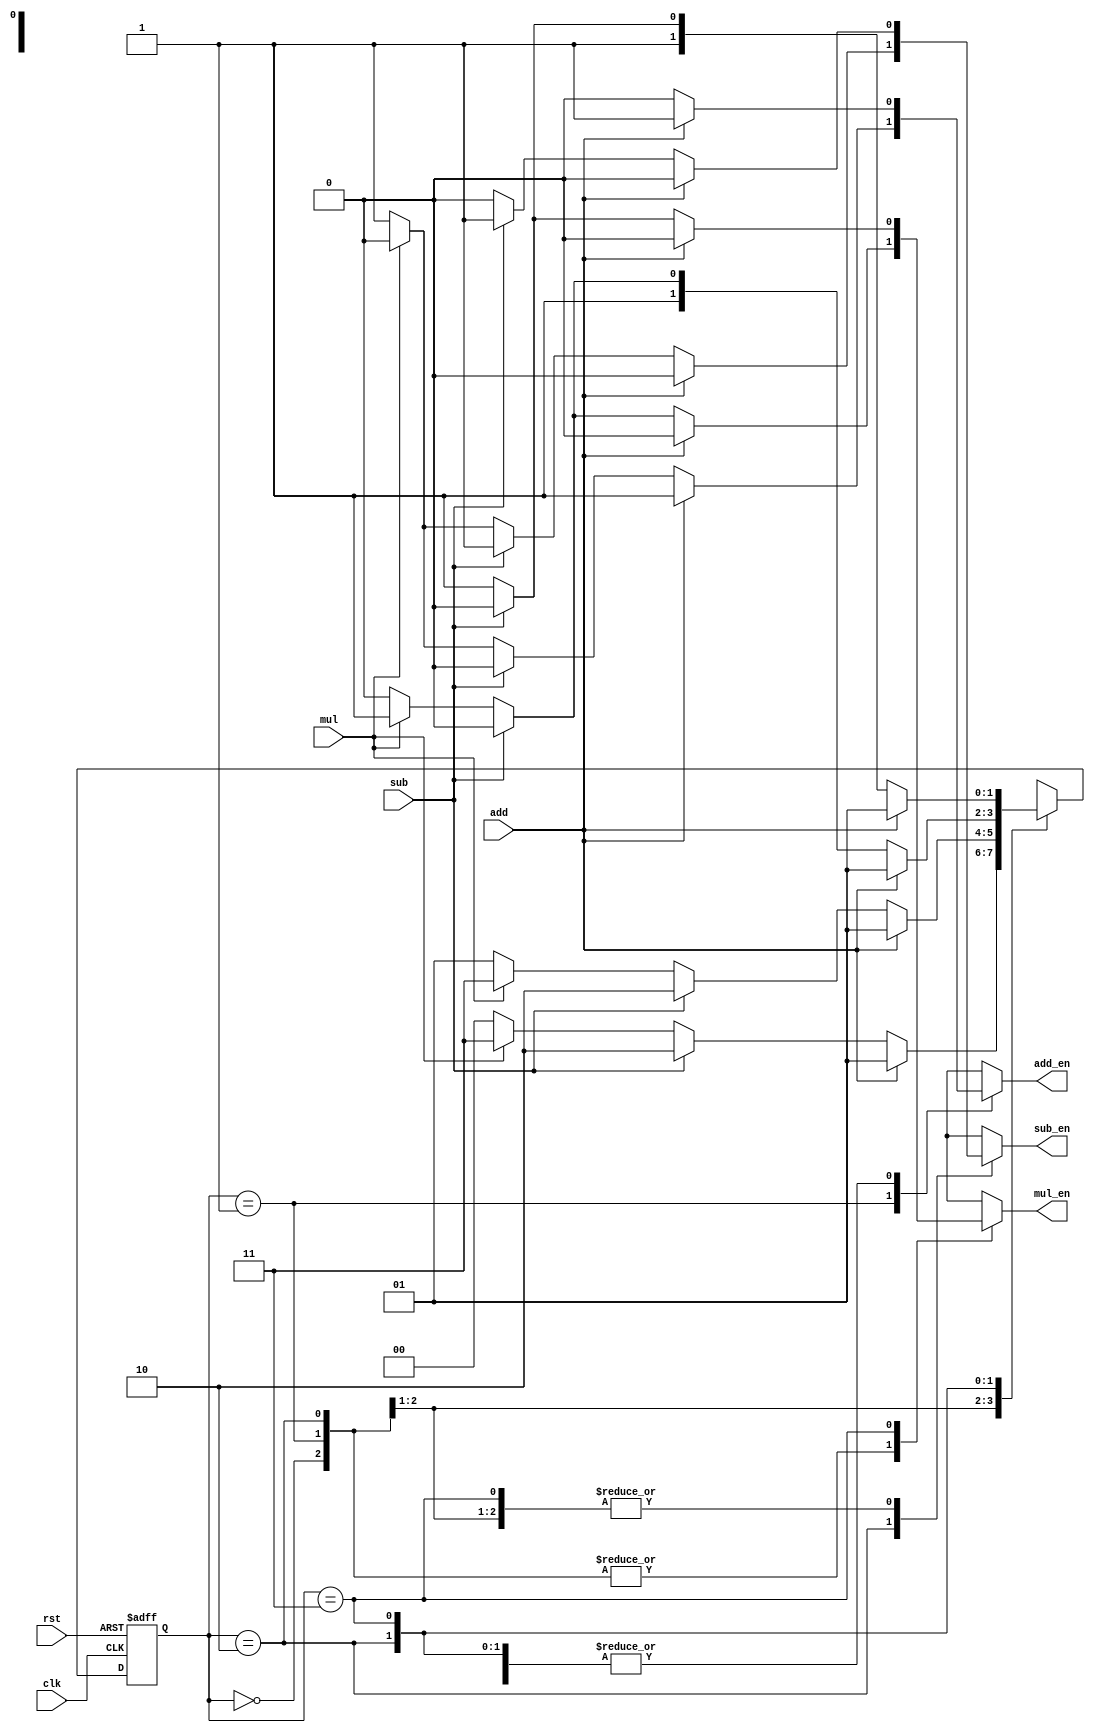
`timescale 1ns / 1ps
//////////////////////////////////////////////////////////////////////////////////
// Company: 
// Engineer: 
// 
// Design Name: 
// Module Name: fsm
// Project Name: 
// Target Devices: 
// Tool Versions: 
// Description: 
// 
// Dependencies: 
// 
// Revision:
// Revision 0.01 - File Created
// Additional Comments:
// 
//////////////////////////////////////////////////////////////////////////////////


module fsm(
    input clk,
    input rst,
    input add,
    input sub,
    input mul,
    output reg add_en,
    output reg sub_en,
    output reg mul_en
    );
    reg [1:0] state;
    reg [1:0] next_state;
    
    always@(posedge clk or posedge rst)
        if(rst)
            state <= 2'b00;
        else    
            state <= next_state;
            
    always@*
        case(state)
        2'b00: //start
        begin
            if(add)
            begin
                next_state = 2'b01;
                add_en = 1'b1;
                sub_en = 1'b0;
                mul_en = 1'b0;
            end
            else if(sub)
            begin
                next_state = 2'b10;
                add_en = 1'b0;
                sub_en = 1'b1;
                mul_en = 1'b0;            
            end
            else if(mul)
            begin
                next_state = 2'b11;
                add_en = 1'b0;
                sub_en = 1'b0;
                mul_en = 1'b1;           
            end
            else
            begin
                next_state = 2'b00;
                add_en = 1'b0;
                sub_en = 1'b0;
                mul_en = 1'b0;
            end    
        end
        2'b01: //add
        begin
            if(add)
            begin
                next_state = 2'b01;
                add_en = 1'b1;
                sub_en = 1'b0;
                mul_en = 1'b0;
            end
            else if(sub)
            begin
                next_state = 2'b10;
                add_en = 1'b0;
                sub_en = 1'b1;
                mul_en = 1'b0;            
            end
            else if(mul)
            begin
                next_state = 2'b11;
                add_en = 1'b0;
                sub_en = 1'b0;
                mul_en = 1'b1;           
            end
            else
            begin
                next_state = 2'b01;
                add_en = 1'b1;
                sub_en = 1'b0;
                mul_en = 1'b0;
            end 
        end
        2'b10: //sub
        begin
            if(add)
            begin
                next_state = 2'b01;
                add_en = 1'b1;
                sub_en = 1'b0;
                mul_en = 1'b0;
            end
            else if(sub)
            begin
                next_state = 2'b10;
                add_en = 1'b0;
                sub_en = 1'b1;
                mul_en = 1'b0;            
            end
            else if(mul)
            begin
                next_state = 2'b11;
                add_en = 1'b0;
                sub_en = 1'b0;
                mul_en = 1'b1;           
            end
            else
            begin
                next_state = 2'b10;
                add_en = 1'b0;
                sub_en = 1'b1;
                mul_en = 1'b0;
            end 
        end
        2'b11: //mul
        begin
            if(add)
            begin
                next_state = 2'b01;
                add_en = 1'b1;
                sub_en = 1'b0;
                mul_en = 1'b0;
            end
            else if(sub)
            begin
                next_state = 2'b10;
                add_en = 1'b0;
                sub_en = 1'b1;
                mul_en = 1'b0;            
            end
            else if(mul)
            begin
                next_state = 2'b11;
                add_en = 1'b0;
                sub_en = 1'b0;
                mul_en = 1'b1;           
            end
            else
            begin
                next_state = 2'b11;
                add_en = 1'b0;
                sub_en = 1'b0;
                mul_en = 1'b1;
            end 
        end
        default:
        begin
           next_state = 2'b00;
           add_en = 1'b0;
           sub_en = 1'b0;
           mul_en = 1'b0;
        end
        endcase
    
endmodule